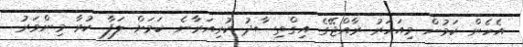
އެހެން ކަމުން މިއަހަރު ރާއްޖޭގެ އިގްތިސާދު ކުރިއަރާނެ ކަމަށް ލަފާ ކުރާ މިންވަރު